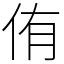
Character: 侑